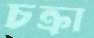
চক্রা